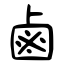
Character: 鹵